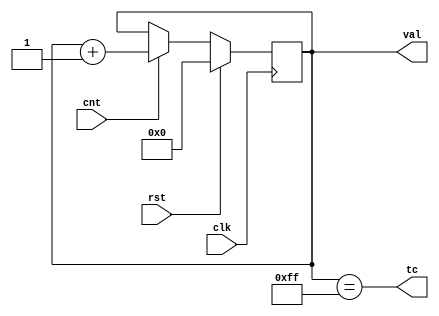
// module: counter
// developed by: Daniel Santos
// 2022

module counter #(
    parameter BITS = 8
) (
    input clk,
    input rst,
    input cnt,
    output tc,
    output [BITS-1:0] val
);
    
    reg [BITS-1:0] data;

    always @(posedge clk) begin
        if (rst)
            data <= 0;
        else if (cnt)
            data <= data + 1;
    end

    assign tc = data == {BITS{1'b1}};
    assign val = data;

endmodule